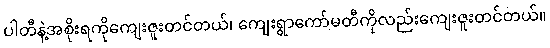
ပါတီနဲ့အစိုးရကိုကျေးဇူးတင်တယ်၊ ကျေးရွာကော်မတီကိုလည်းကျေးဇူးတင်တယ်။